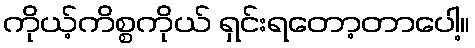
ကိုယ့်ကိစ္စကိုယ် ရှင်းရတော့တာပေါ့။